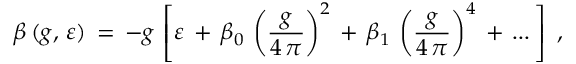
\beta \, ( g , \, \varepsilon ) \, = \, - g \, \left[ \varepsilon \, + \, \beta _ { 0 } \, \left( \frac { g } { 4 \, \pi } \right) ^ { 2 } \, + \, \beta _ { 1 } \, \left( \frac { g } { 4 \, \pi } \right) ^ { 4 } \, + \, . . . \, \right] \, \, ,